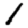
Digit: 1